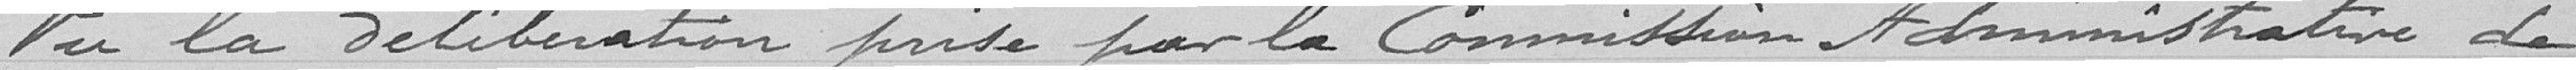
Vu la délibération prise par la Commission Administrative de